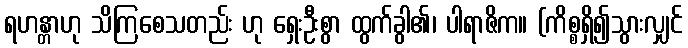
ရဟန္တာဟု သိကြစေသတည်း ဟု ရှေးဦးစွာ ထွက်ခွါ၏၊ ပါရာဇိက။ (ကိစ္စရှိ၍သွားလျှင်